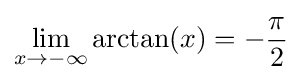
\lim _{x\rightarrow -\infty }\arctan(x)=-{\frac {\pi }{2}}